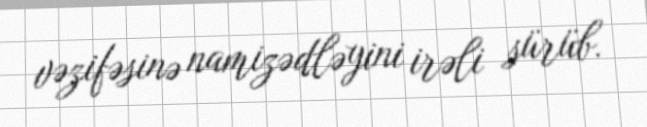
vəzifəsinə namizədləyini irəli sürüb.